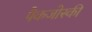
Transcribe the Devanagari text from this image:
पैकजोस्की